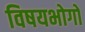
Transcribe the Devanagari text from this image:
विषयभोगों